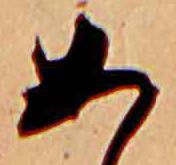
あ